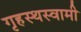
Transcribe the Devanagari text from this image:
गृहस्थस्वामी